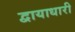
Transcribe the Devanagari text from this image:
द्वायाधारी